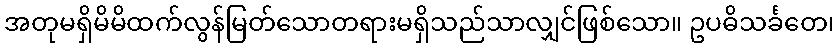
အတုမရှိမိမိထက်လွန်မြတ်သောတရားမရှိသည်သာလျှင်ဖြစ်သော။ ဥပဓိသင်္ခတေ၊